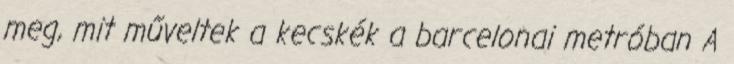
meg, mit műveltek a kecskék a barcelonai metróban A